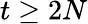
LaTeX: t\geq 2N